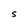
Character: S